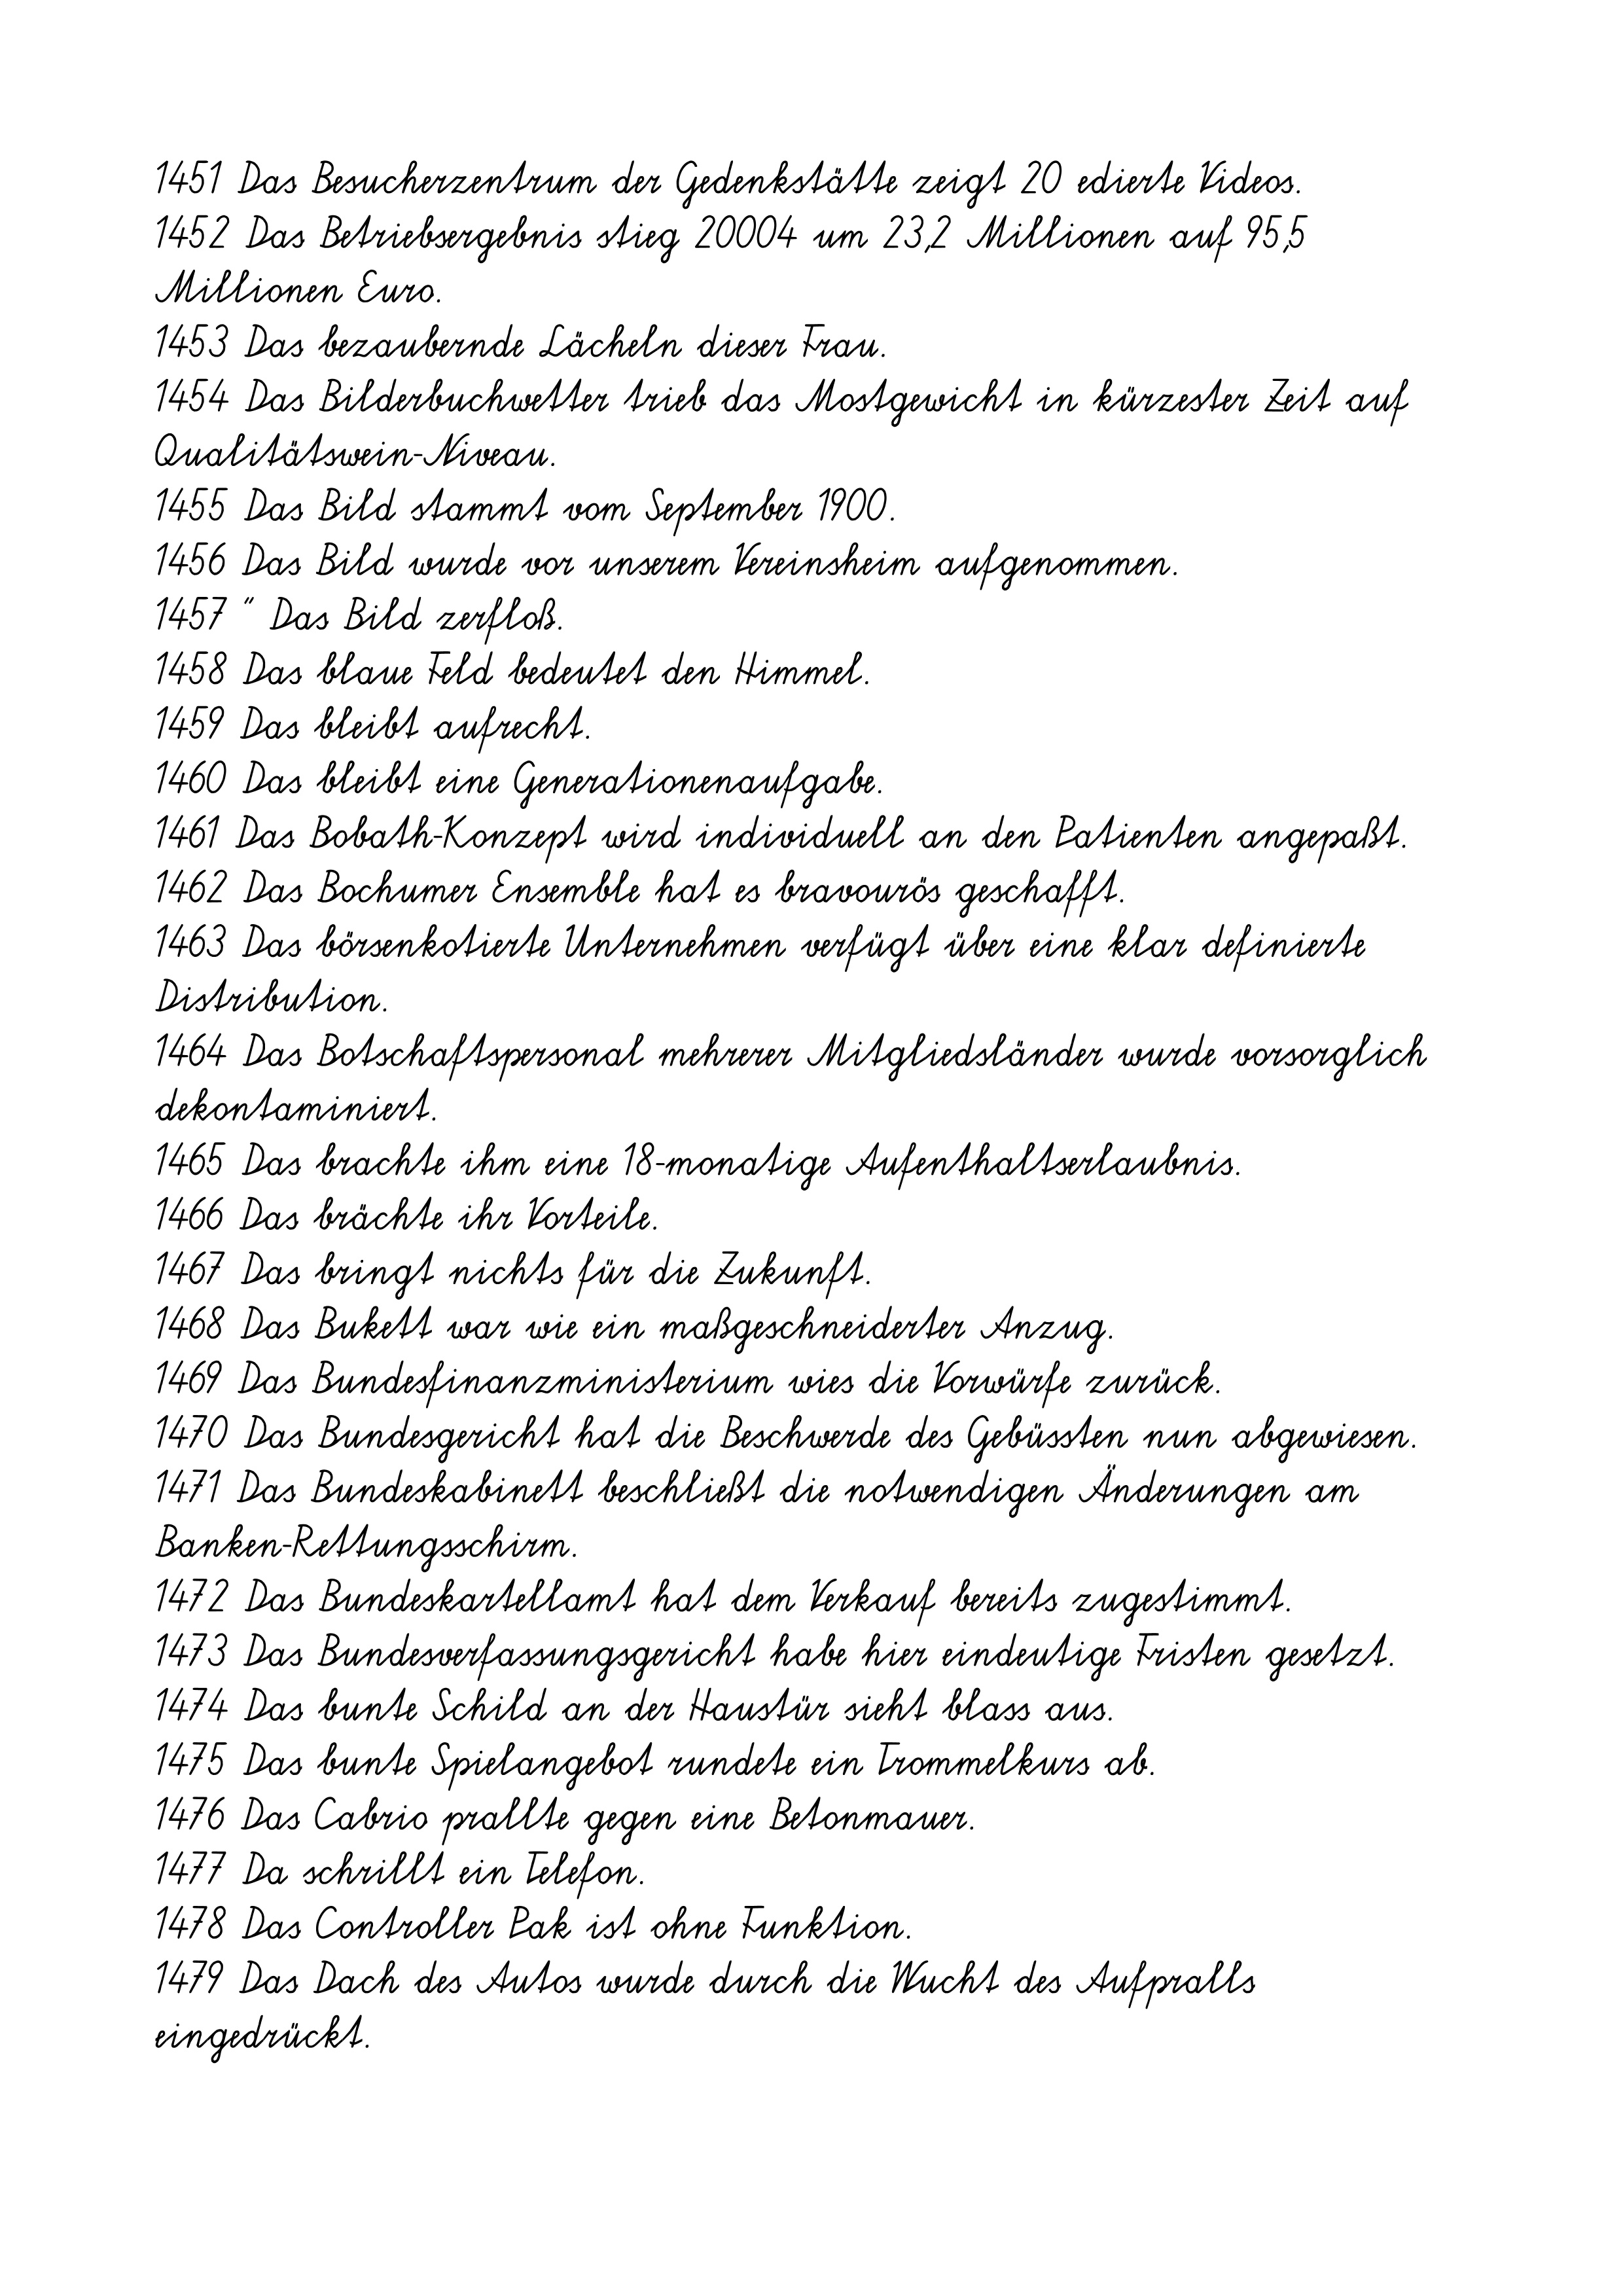
1451 Das Besucherzentrum der Gedenkstätte zeigt 20 edierte Videos.
1452 Das Betriebsergebnis stieg 20004 um 23,2 Millionen auf 95,5
Millionen Euro.
1453 Das bezaubernde Lächeln dieser Frau.
1454 Das Bilderbuchwetter trieb das Mostgewicht in kürzester Zeit auf
Qualitätswein-Niveau.
1455 Das Bild stammt vom September 1900.
1456 Das Bild wurde vor unserem Vereinsheim aufgenommen.
1457 " Das Bild zerfloß.
1458 Das blaue Feld bedeutet den Himmel.
1459 Das bleibt aufrecht.
1460 Das bleibt eine Generationenaufgabe.
1461 Das Bobath-Konzept wird individuell an den Patienten angepaßt.
1462 Das Bochumer Ensemble hat es bravourös geschafft.
1463 Das börsenkotierte Unternehmen verfügt über eine klar definierte
Distribution.
1464 Das Botschaftspersonal mehrerer Mitgliedsländer wurde vorsorglich
dekontaminiert.
1465 Das brachte ihm eine 18-monatige Aufenthaltserlaubnis.
1466 Das brächte ihr Vorteile.
1467 Das bringt nichts für die Zukunft.
1468 Das Bukett war wie ein maßgeschneiderter Anzug.
1469 Das Bundesfinanzministerium wies die Vorwürfe zurück.
1470 Das Bundesgericht hat die Beschwerde des Gebüssten nun abgewiesen.
1471 Das Bundeskabinett beschließt die notwendigen Änderungen am
Banken-Rettungsschirm.
1472 Das Bundeskartellamt hat dem Verkauf bereits zugestimmt.
1473 Das Bundesverfassungsgericht habe hier eindeutige Fristen gesetzt.
1474 Das bunte Schild an der Haustür sieht blass aus.
1475 Das bunte Spielangebot rundete ein Trommelkurs ab.
1476 Das Cabrio prallte gegen eine Betonmauer.
1477 Da schrillt ein Telefon.
1478 Das Controller Pak ist ohne Funktion.
1479 Das Dach des Autos wurde durch die Wucht des Aufpralls
eingedrückt.